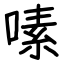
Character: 嗉